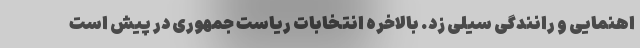
اهنمایی و رانندگی سیلی زد. بالاخره انتخابات ریاست جمهوری در پیش است